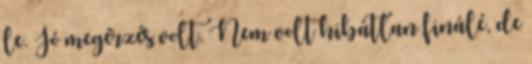
le. Jó megérzés volt. Nem volt hibátlan finálé, de